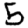
Digit: 5